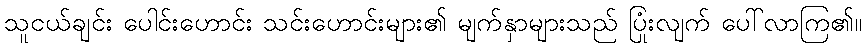
သူငယ်ချင်း ပေါင်းဟောင်း သင်းဟောင်းများ၏ မျက်နှာများသည် ပြုံးလျက် ပေါ်လာကြ၏။